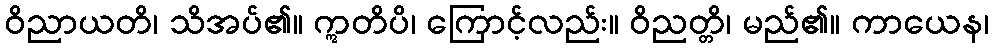
ဝိညာယတိ၊ သိအပ်၏။ ဣတိပိ၊ ကြောင့်လည်း။ ဝိညတ္တိ၊ မည်၏။ ကာယေန၊